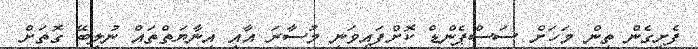
ފެށިގެން ތިން މަހަށް ސަސްޕެންޑް ކޮށްފައިވަނީ މުސާރަ އާއި އިނާޔަތްތައް ނުލިބޭ ގޮތަށް